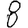
Digit: 8